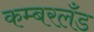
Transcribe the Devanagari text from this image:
कम्बरलँड